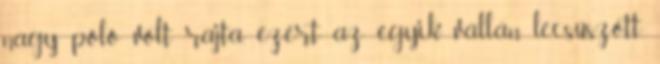
nagy póló volt rajta, ezért az egyik vállán lecsúszott.